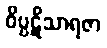
ဝိပ္ပဋိသာရဇာ